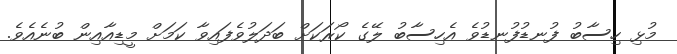
މުޅި ހިސާބު ފުނޑުފުނޑުވެ އެހިސާބު ލޭގެ ކޯރަކަށް ބަދަލުވެފައިވާ ކަމަށް މީޑިއާއިން ބުނެއެވެ.